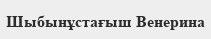
Шыбынұстағыш Венерина